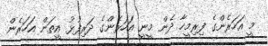
މީ އަހަރެންގެ ފިރިމީހާ ދެން މީނީ އަހަރެންގެ ދަރިފުޅު އީތަން އަހަރެން